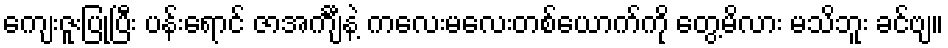
ကျေးဇူးပြုပြီး ပန်းရောင် ဇာအင်္ကျီနဲ့ ကလေးမလေးတစ်ယောက်ကို တွေ့မိလား မသိဘူး ခင်ဗျ။